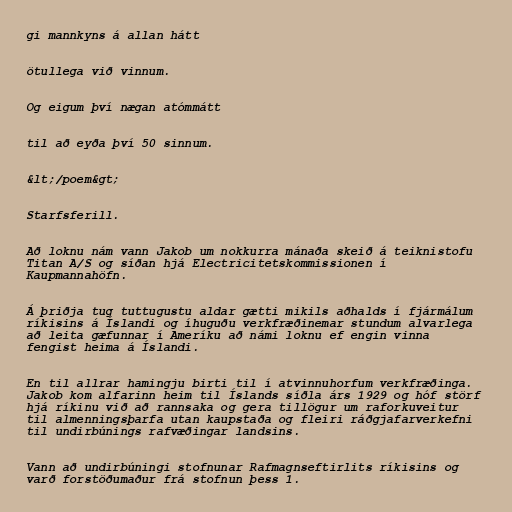
gi mannkyns á allan hátt

ötullega við vinnum.

Og eigum því nægan atómmátt

til að eyða því 50 sinnum.

&lt;/poem&gt;

Starfsferill.

Að loknu nám vann Jakob um nokkurra mánaða skeið á teiknistofu
Titan A/S og síðan hjá Electricitetskommissionen í
Kaupmannahöfn.

Á þriðja tug tuttugustu aldar gætti mikils aðhalds í fjármálum
ríkisins á Íslandi og íhuguðu verkfræðinemar stundum alvarlega
að leita gæfunnar í Ameríku að námi loknu ef engin vinna
fengist heima á Íslandi.

En til allrar hamingju birti til í atvinnuhorfum verkfræðinga.
Jakob kom alfarinn heim til Íslands síðla árs 1929 og hóf störf
hjá ríkinu við að rannsaka og gera tillögur um raforkuveitur
til almenningsþarfa utan kaupstaða og fleiri ráðgjafarverkefni
til undirbúnings rafvæðingar landsins.

Vann að undirbúningi stofnunar Rafmagnseftirlits ríkisins og
varð forstöðumaður frá stofnun þess 1.